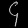
Digit: ၄